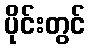
ပိုင်းတွင်